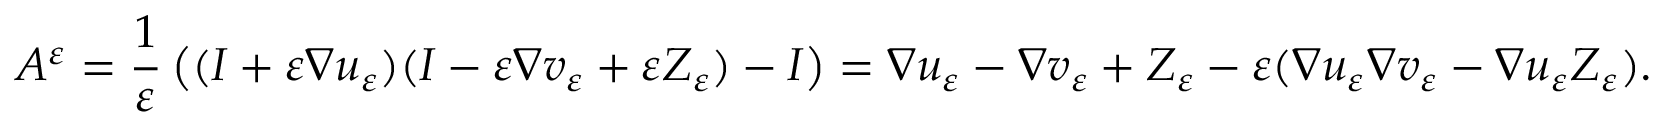
A ^ { \varepsilon } = \frac { 1 } { \varepsilon } \left( ( I + \varepsilon \nabla u _ { \varepsilon } ) ( I - \varepsilon \nabla v _ { \varepsilon } + \varepsilon Z _ { \varepsilon } ) - I \right) = \nabla u _ { \varepsilon } - \nabla v _ { \varepsilon } + Z _ { \varepsilon } - \varepsilon ( \nabla u _ { \varepsilon } \nabla v _ { \varepsilon } - \nabla u _ { \varepsilon } Z _ { \varepsilon } ) .